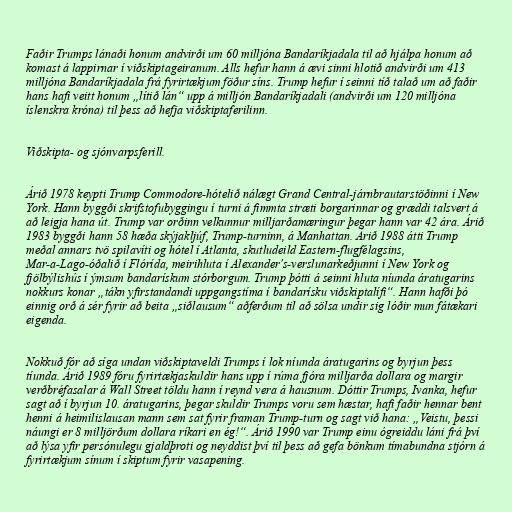
Faðir Trumps lánaði honum andvirði um 60 milljóna Bandaríkjadala til að hjálpa honum að
komast á lappirnar í viðskiptageiranum. Alls hefur hann á ævi sinni hlotið andvirði um 413
milljóna Bandaríkjadala frá fyrirtækjum föður síns. Trump hefur í seinni tíð talað um að faðir
hans hafi veitt honum „lítið lán“ upp á milljón Bandaríkjadali (andvirði um 120 millj­ón­a
íslenskra króna) til þess að hefja viðskiptaferilinn.

Viðskipta- og sjónvarpsferill.

Árið 1978 keypti Trump Commodore-hótelið nálægt Grand Central-járnbrautarstöðinni í New
York. Hann byggði skrifstofubyggingu í turni á fimmta stræti borgarinnar og græddi talsvert á
að leigja hana út. Trump var orðinn velkunnur milljarðamæringur þegar hann var 42 ára. Árið
1983 byggði hann 58 hæða skýjakljúf, Trump-turninn, á Manhattan. Árið 1988 átti Trump
meðal annars tvö spilavíti og hótel í Atlanta, skutludeild Eastern-flugfélagsins,
Mar-a-Lago-óðalið í Flórída, meirihluta í Alexander's-verslunarkeðjunni í New York og
fjölbýlishús í ýmsum bandarískum stórborgum. Trump þótti á seinni hluta níunda áratugarins
nokkurs konar „tákn yfirstandandi uppgangstíma í bandarísku viðskiptalífi“. Hann hafði þó
einnig orð á sér fyrir að beita „siðlausum“ aðferðum til að sölsa undir sig lóðir mun fátækari
eigenda.

Nokkuð fór að síga undan viðskiptaveldi Trumps í lok níunda áratugarins og byrjun þess
tíunda. Árið 1989 fóru fyrirtækjaskuldir hans upp í rúma fjóra milljarða dollara og margir
verðbréfasalar á Wall Street töldu hann í reynd vera á hausnum. Dóttir Trumps, Ivanka, hefur
sagt að í byrjun 10. áratugarins, þegar skuldir Trumps voru sem hæstar, hafi faðir hennar bent
henni á heimilislausan mann sem sat fyrir framan Trump-turn og sagt við hana: „Veistu, þessi
náungi er 8 milljörðum dollara ríkari en ég!“. Árið 1990 var Trump einu ógreiddu láni frá því
að lýsa yfir persónulegu gjaldþroti og neyddist því til þess að gefa bönkum tímabundna stjórn á
fyrirtækjum sínum í skiptum fyrir vasapening.